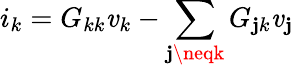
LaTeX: i_{k}=G_{kk}\mathit{v}_{k}-\sum_{\mathbf{j}\neqk}G_{\mathbf{j}k}\mathit{v}_{\mathbf{j}}